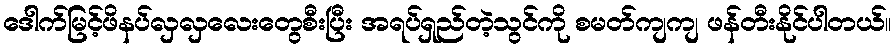
ဒေါက်မြင့်ဖိနပ်လှလှလေးတွေစီးပြီး အရပ်ရှည်တဲ့သွင်ကို စမတ်ကျကျ ဖန်တီးနိုင်ပါတယ်။